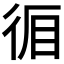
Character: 𭛪